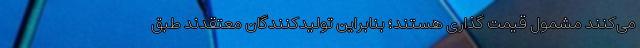
می‌کنند مشمول قیمت گذاری هستند؛ بنابراین تولیدکنندگان معتقدند طبق